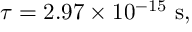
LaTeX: \tau = 2 . 9 7 \times 1 0 ^ { - 1 5 } \ \mathrm { s } ,